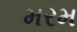
મરમ